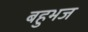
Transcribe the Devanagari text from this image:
बहुभज